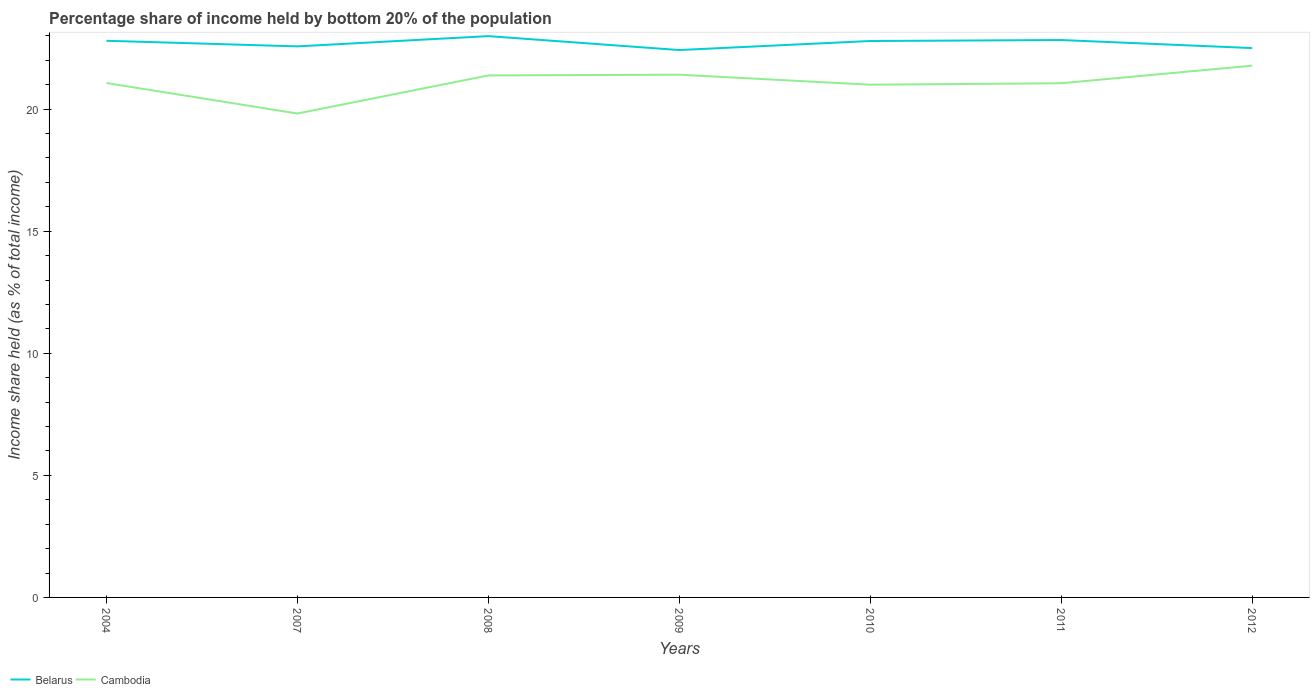
| Years | Belarus | Cambodia |
 | --- | --- | --- |
 | 2004 | 22.8 | 21.1 |
 | 2007 | 22.6 | 19.8 |
 | 2008 | 23 | 21.4 |
 | 2009 | 22.4 | 21.4 |
 | 2010 | 22.8 | 21 |
 | 2011 | 22.8 | 21.1 |
 | 2012 | 22.5 | 21.8 |